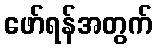
ဖော်ရန်အတွက်